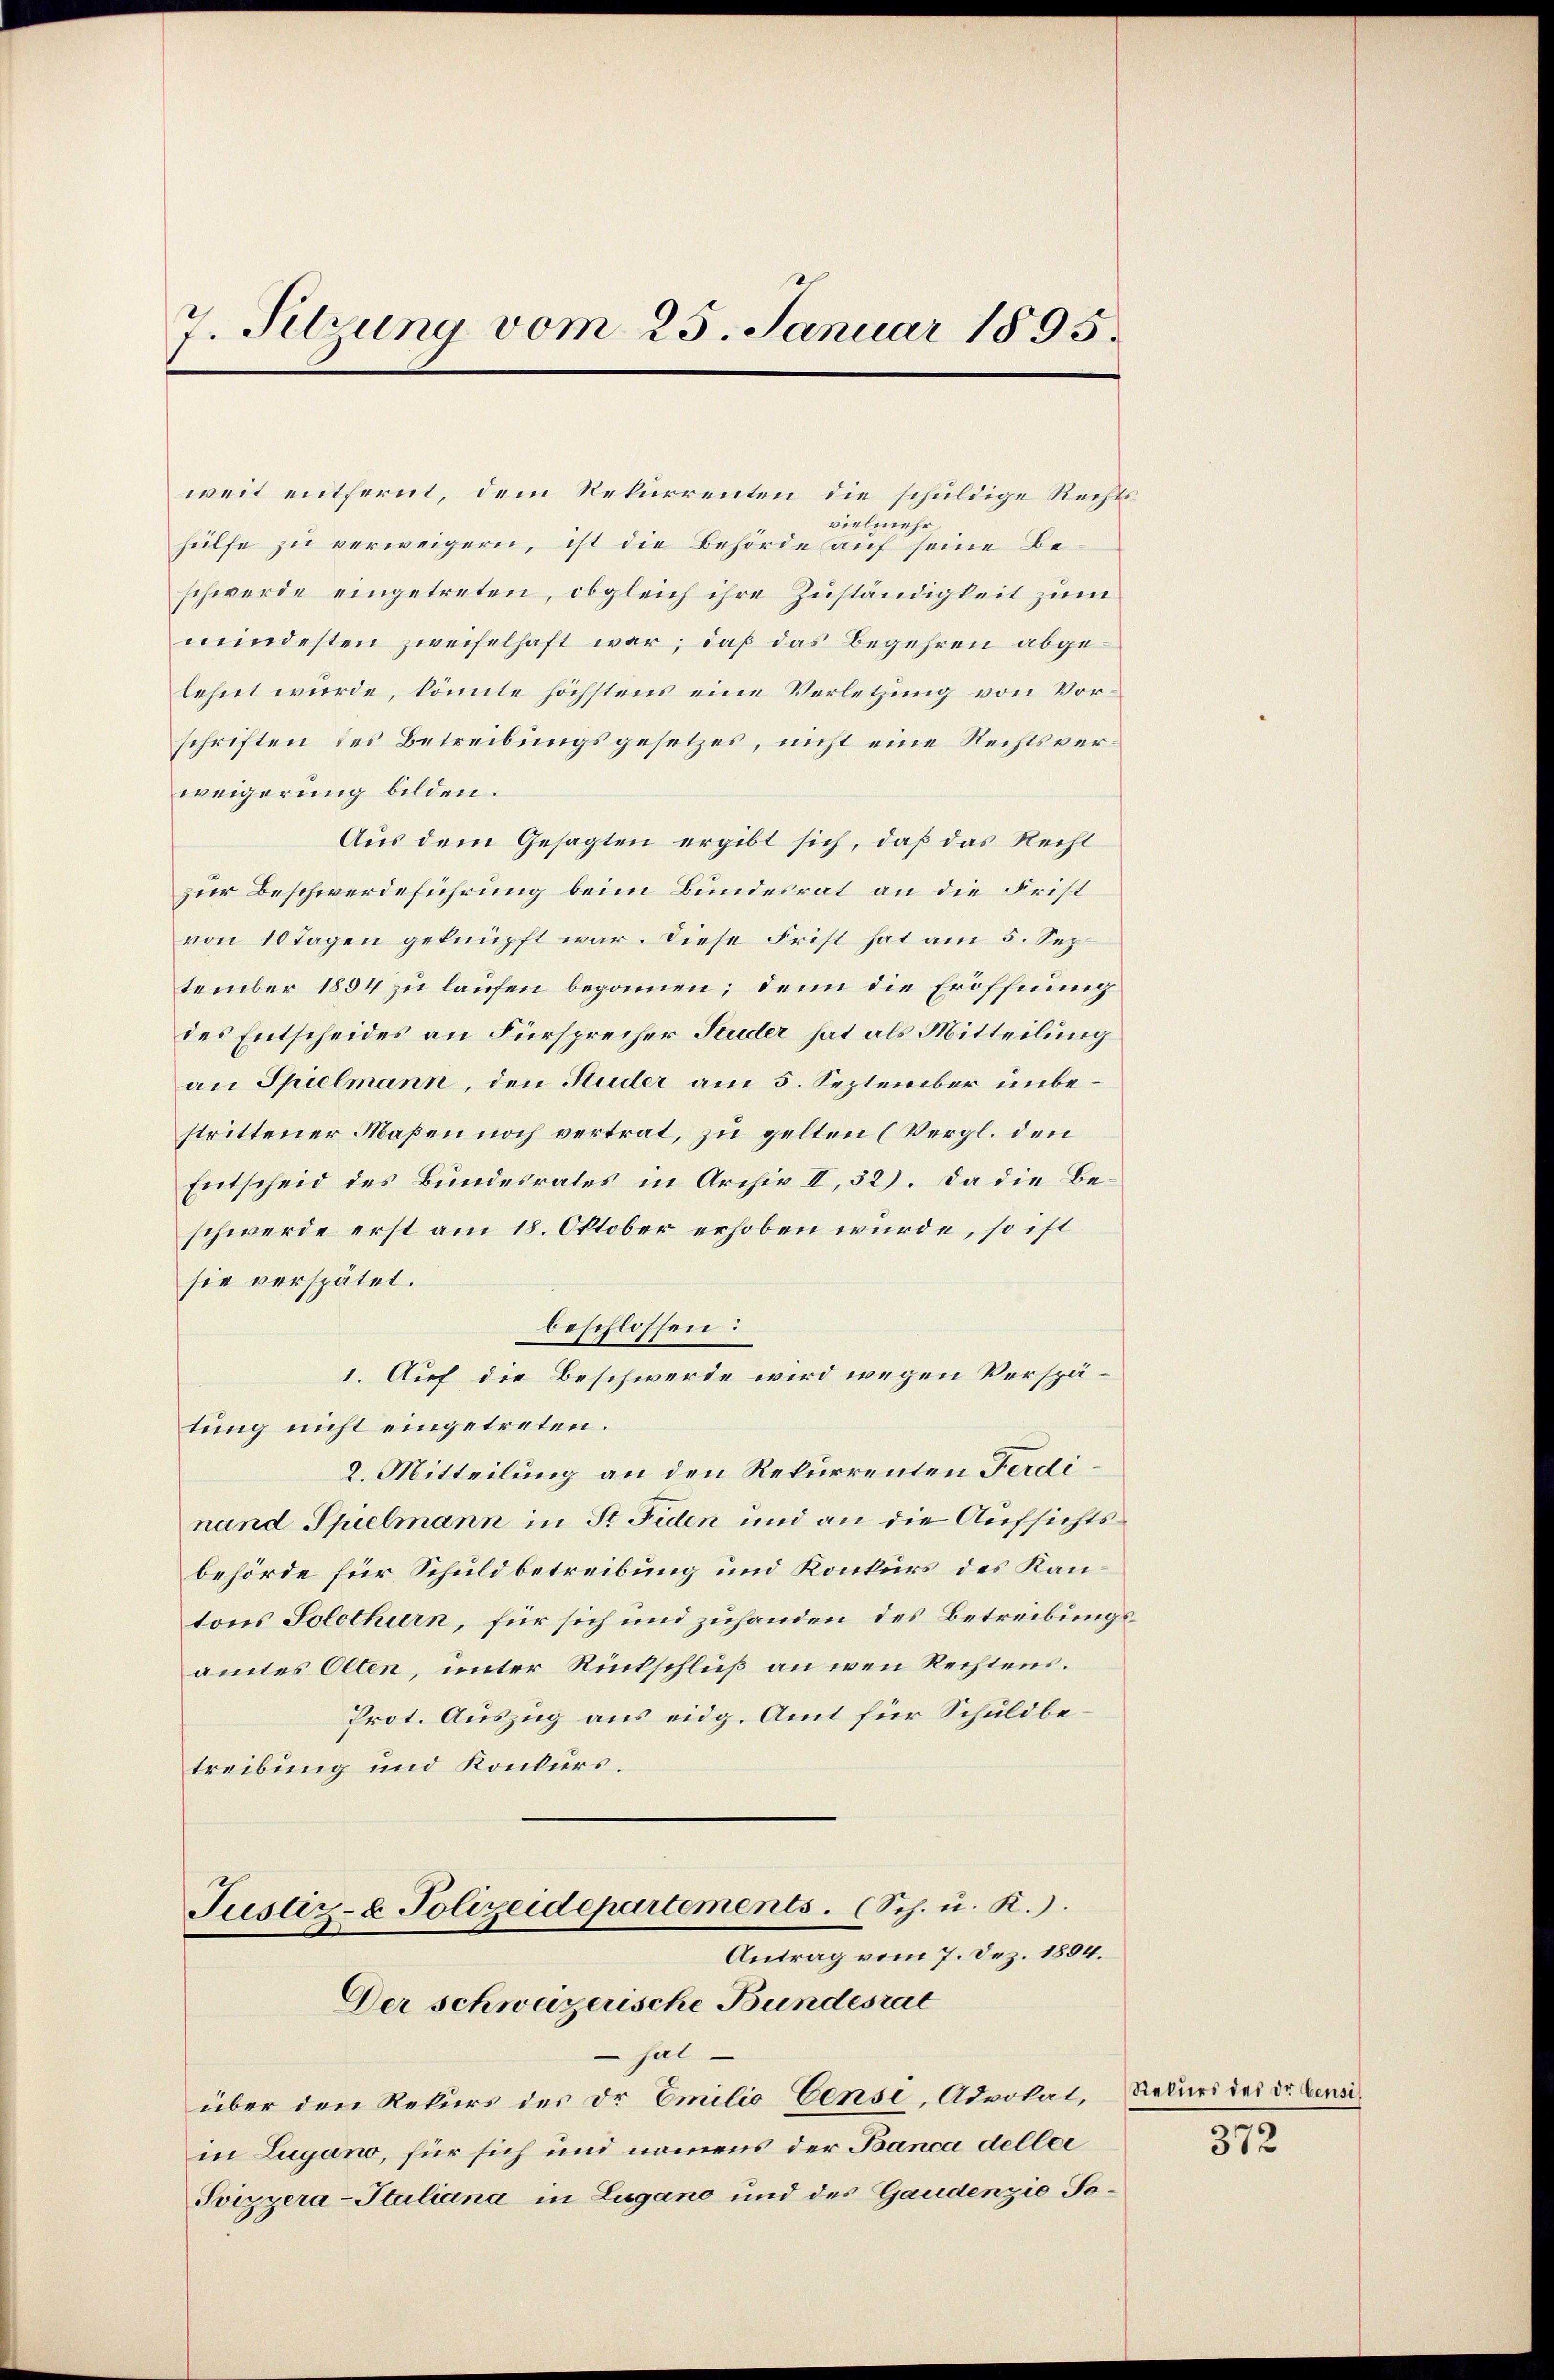
7. Setzung vom 25. Januar 1895.

schriften des Betreibungsgesetzes, nicht eine Rechtsverweigerung bilden.
Aus dem Gesagten ergibt sich, daß das Recht
zur Beschwerdeführung beim Bundesrat an die Frist
von 10 Tagen geknüpft war. Diese Frist hat am 5. Sep
tember 1854 zu laufen begonnen; denn die Eröffnung
des Entscheides an Fürsprecher Studer hat als Mitteilung
an Spielmann, den Studer am 5. September unbestrittener Maßen noch vertrat, zu gelten (Vergl. den
Entscheid des Bundesrates in Archiv II, 32). Da die Beschwerde erst am 18. Oktober erhoben würde, so ist
sie verspätet.
beschlossen:
1. Auf die Beschwerde wird wegen Verspätung nicht eingetreten.
2. Mitteilung an den Rekurrenten Ferdinand Spielmann in St. Fiden und an die Aufsichtsbehörde für Schuldbetreibung und Konkurs des Kantons Solothurn, für sich und zuhanden des Betreibungs
amtes Olten, unter Rückschluß an wen Rechtens.
Prot. Auszug aus eidg. Amt für Schuldbetreibung und Konkurs.
Justiz- & Polizeidepartements. (Sch. u. K.).
Antrag vom 7. Dez. 1894.
Der schweizerische Bundesrat
 hat.
über den Rekurs des Dr Emilio Cense, Advokat,
in Lugano, für sich und namens der Banca deller
Svizzera-Stuliana in Lugano und des Gaudenzie To¬

weit entfernt, dem Rekurrenten die schuldige Rechtsvielmehr
hülfe zu verweigern, ist die Behörde auf seine Beschwerde eingetreten, obgleich ihre Zuständigkeit zum
mindesten zweifelhaft war; daß das Begehren abgelehnt wurde, könnte höchstens eine Verletzung von Vor¬

Rekurs des Dr Censi

372